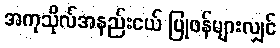
အကုသိုလ်အနည်းငယ် ပြုဖန်များလျှင်